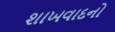
શાખવાદનો